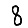
Digit: 8